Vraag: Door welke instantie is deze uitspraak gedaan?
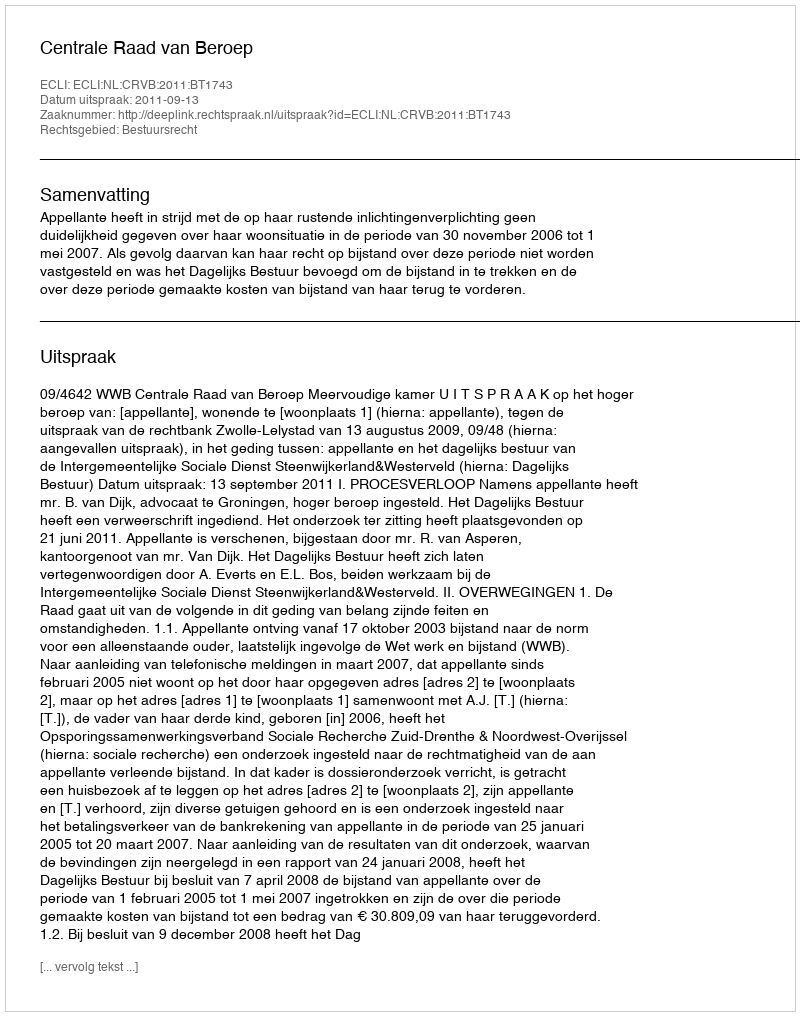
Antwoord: Centrale Raad van Beroep